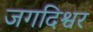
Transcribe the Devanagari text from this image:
जगदिश्वर